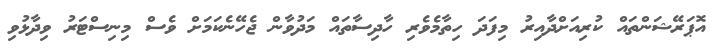
އޮޕަރޭޝަންތައް ކުރިއަށްދާއިރު މިފަދަ ހިތާމެވެރި ހާދިސާތައް މަދުވާން ޖެހޭނެކަމަށް ވެސް މިނިސްޓަރު ވިދާޅުވި